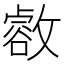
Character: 𢿶